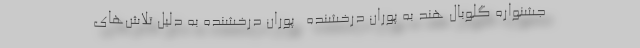
جشنواره گلوبال هند به پوران درخشنده ـ پوران درخشنده به دلیل تلاش‌های